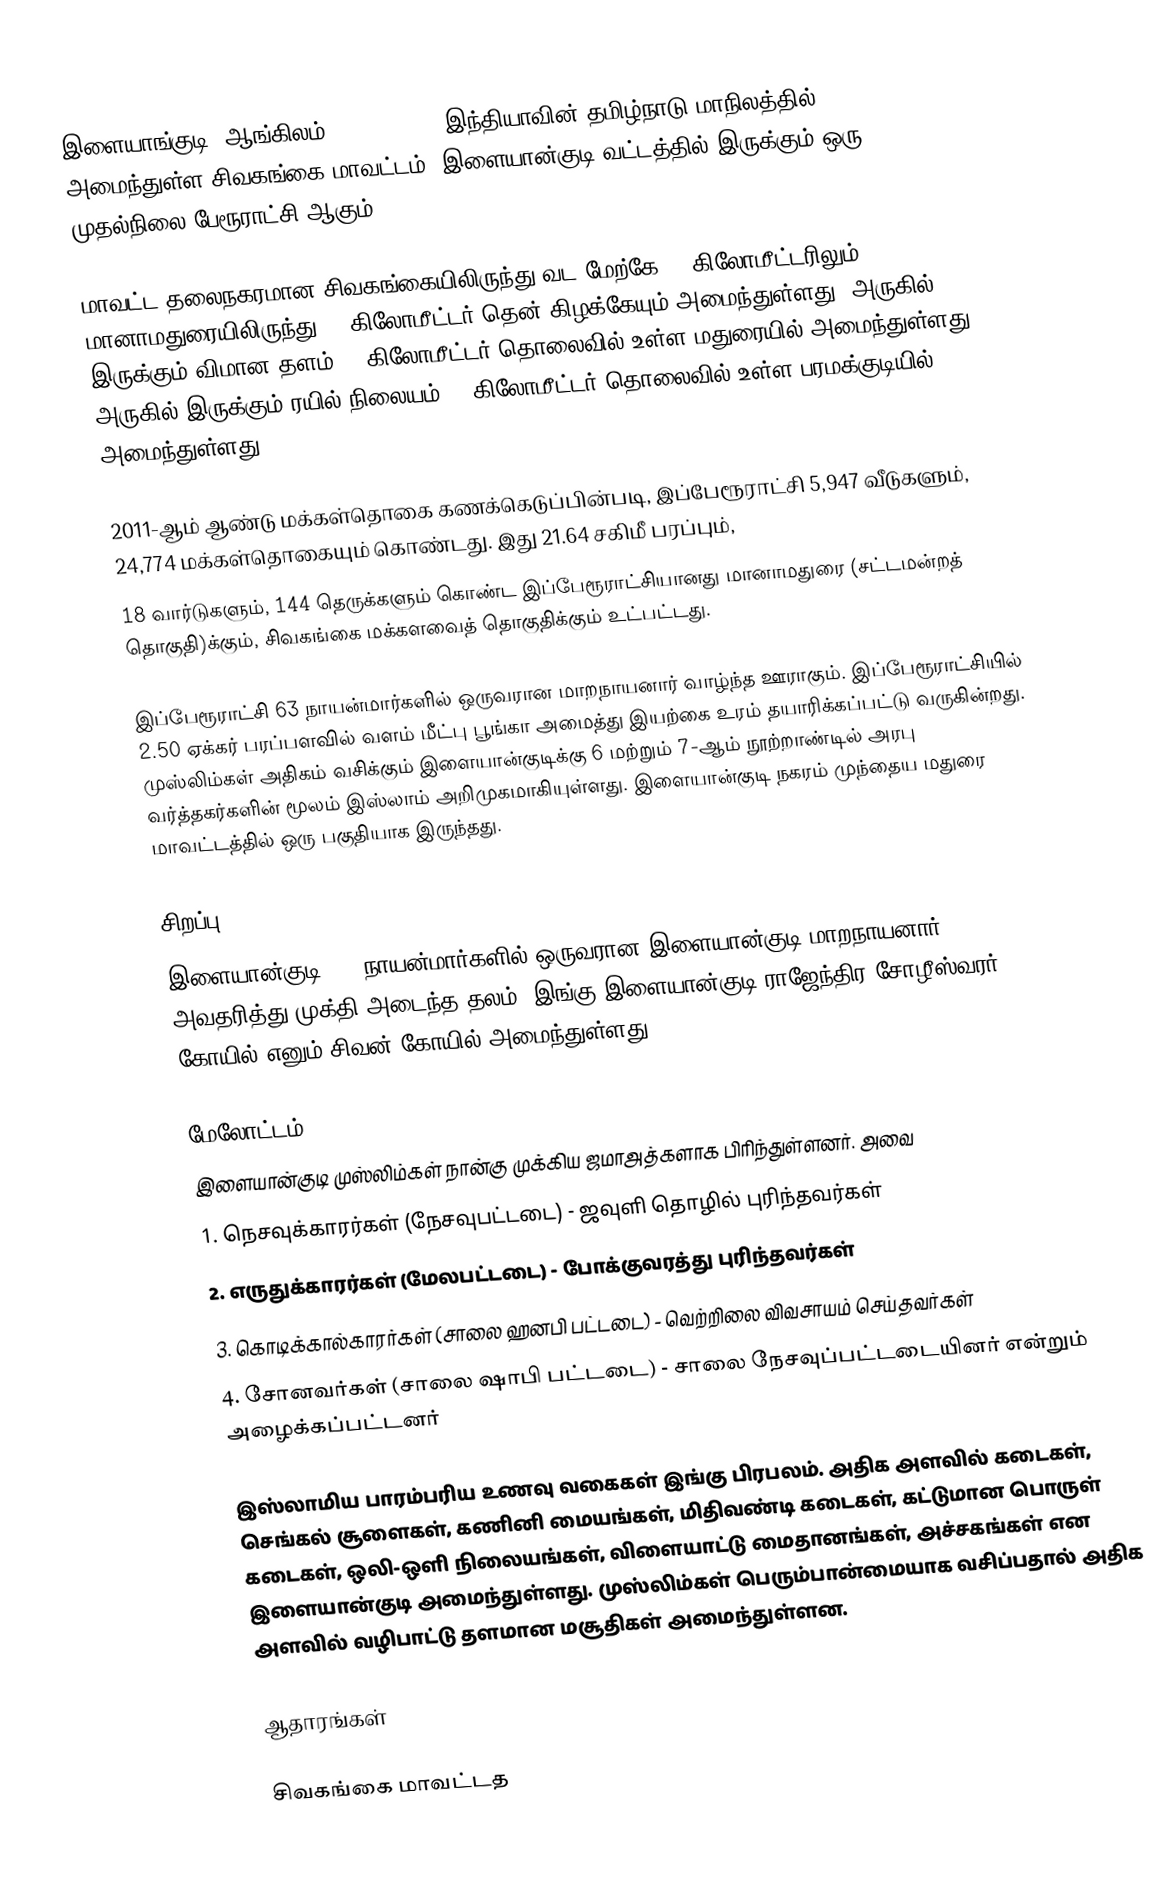
இளையாங்குடி (ஆங்கிலம்:Ilayangudi), இந்தியாவின் தமிழ்நாடு மாநிலத்தில் அமைந்துள்ள சிவகங்கை மாவட்டம், இளையான்குடி வட்டத்தில் இருக்கும் ஒரு முதல்நிலை  பேரூராட்சி ஆகும்.

மாவட்ட தலைநகரமான சிவகங்கையிலிருந்து வட மேற்கே 37 கிலோமீட்டரிலும்,   மானாமதுரையிலிருந்து 21 கிலோமீட்டர் தென் கிழக்கேயும் அமைந்துள்ளது. அருகில் இருக்கும் விமான தளம் 70 கிலோமீட்டர் தொலைவில் உள்ள மதுரையில் அமைந்துள்ளது. அருகில் இருக்கும் ரயில் நிலையம் 14 கிலோமீட்டர் தொலைவில் உள்ள பரமக்குடியில் அமைந்துள்ளது.

2011-ஆம் ஆண்டு மக்கள்தொகை கணக்கெடுப்பின்படி, இப்பேரூராட்சி 5,947 வீடுகளும், 24,774 மக்கள்தொகையும் கொண்டது.  இது 21.64 சகிமீ பரப்பும்,
18 வார்டுகளும், 144 தெருக்களும் கொண்ட இப்பேரூராட்சியானது மானாமதுரை (சட்டமன்றத் தொகுதி)க்கும், சிவகங்கை மக்களவைத் தொகுதிக்கும் உட்பட்டது.

இப்பேரூராட்சி 63 நாயன்மார்களில் ஒருவரான மாறநாயனார் வாழ்ந்த ஊராகும். இப்பேரூராட்சியில் 2.50 ஏக்கர் பரப்பளவில் வளம் மீட்பு பூங்கா அமைத்து இயற்கை உரம் தயாரிக்கப்பட்டு வருகின்றது. முஸ்லிம்கள் அதிகம் வசிக்கும் இளையான்குடிக்கு 6 மற்றும் 7-ஆம் நூற்றாண்டில் அரபு வர்த்தகர்களின் மூலம் இஸ்லாம் அறிமுகமாகியுள்ளது. இளையான்குடி நகரம் முந்தைய மதுரை மாவட்டத்தில் ஒரு பகுதியாக இருந்தது.

சிறப்பு
இளையான்குடி, 63 நாயன்மார்களில் ஒருவரான இளையான்குடி மாறநாயனார் அவதரித்து முக்தி அடைந்த தலம். இங்கு இளையான்குடி ராஜேந்திர சோழீஸ்வரர் கோயில் எனும் சிவன் கோயில் அமைந்துள்ளது.

மேலோட்டம்
இளையான்குடி முஸ்லிம்கள் நான்கு முக்கிய ஜமாஅத்களாக பிரிந்துள்ளனர். அவை
1. நெசவுக்காரர்கள் (நேசவுபட்டடை) - ஜவுளி தொழில் புரிந்தவர்கள்
2. எருதுக்காரர்கள் (மேலபட்டடை) - போக்குவரத்து புரிந்தவர்கள்
3. கொடிக்கால்காரர்கள் (சாலை ஹனபி பட்டடை) - வெற்றிலை விவசாயம் செய்தவர்கள்
4. சோனவர்கள் (சாலை ஷாபி பட்டடை) - சாலை நேசவுப்பட்டடையினர் என்றும் அழைக்கப்பட்டனர்

இஸ்லாமிய பாரம்பரிய உணவு வகைகள் இங்கு பிரபலம். அதிக அளவில் கடைகள், செங்கல் சூளைகள், கணினி மையங்கள், மிதிவண்டி கடைகள், கட்டுமான பொருள் கடைகள், ஒலி-ஒளி நிலையங்கள், விளையாட்டு மைதானங்கள், அச்சகங்கள் என இளையான்குடி அமைந்துள்ளது. முஸ்லிம்கள் பெரும்பான்மையாக வசிப்பதால் அதிக அளவில் வழிபாட்டு தளமான மசூதிகள் அமைந்துள்ளன.

ஆதாரங்கள்

சிவகங்கை மாவட்டத